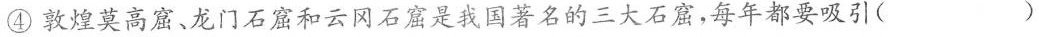
④敦煌莫高窟、龙门石窟和云冈石窟是我国著名的三大石窟，每年都要吸引()